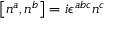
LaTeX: \left[ n ^ { a } , n ^ { b } \right] = i \epsilon ^ { a b c } n ^ { c }